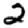
Digit: 2